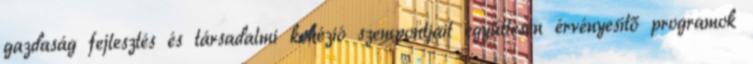
gazdaság fejlesztés és társadalmi kohézió szempontjait együttesen érvényesítő programok